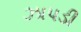
ઝાપડી